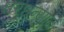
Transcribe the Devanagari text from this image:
घरधन्याने